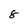
Character: 8